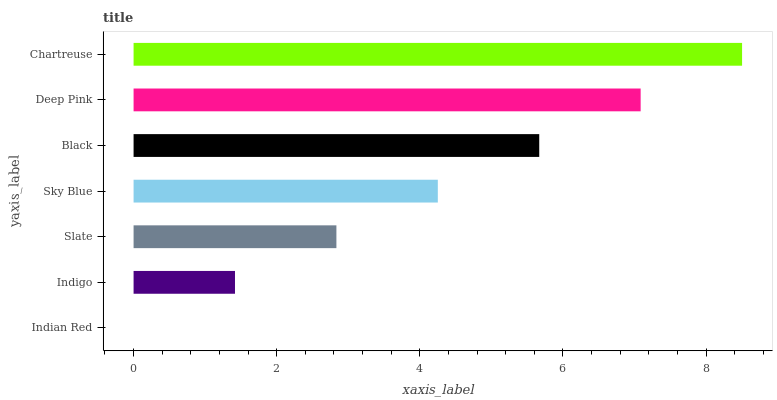
| yaxis_label | bars |
 | --- | --- |
 | Indian Red | 0 |
 | Indigo | 1.42 |
 | Slate | 2.83 |
 | Sky Blue | 4.25 |
 | Black | 5.67 |
 | Deep Pink | 7.09 |
 | Chartreuse | 8.5 |